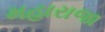
મહારાજા